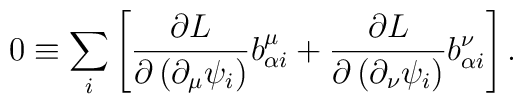
0\equiv \sum_{i}\left[ \frac{\partial L}{\partial \left( \partial _{\mu}\psi _{i}\right) }b_{\alpha i}^{\mu }+\frac{\partial L}{\partial \left(\partial _{\nu }\psi _{i}\right) }b_{\alpha i}^{\nu }\right] .